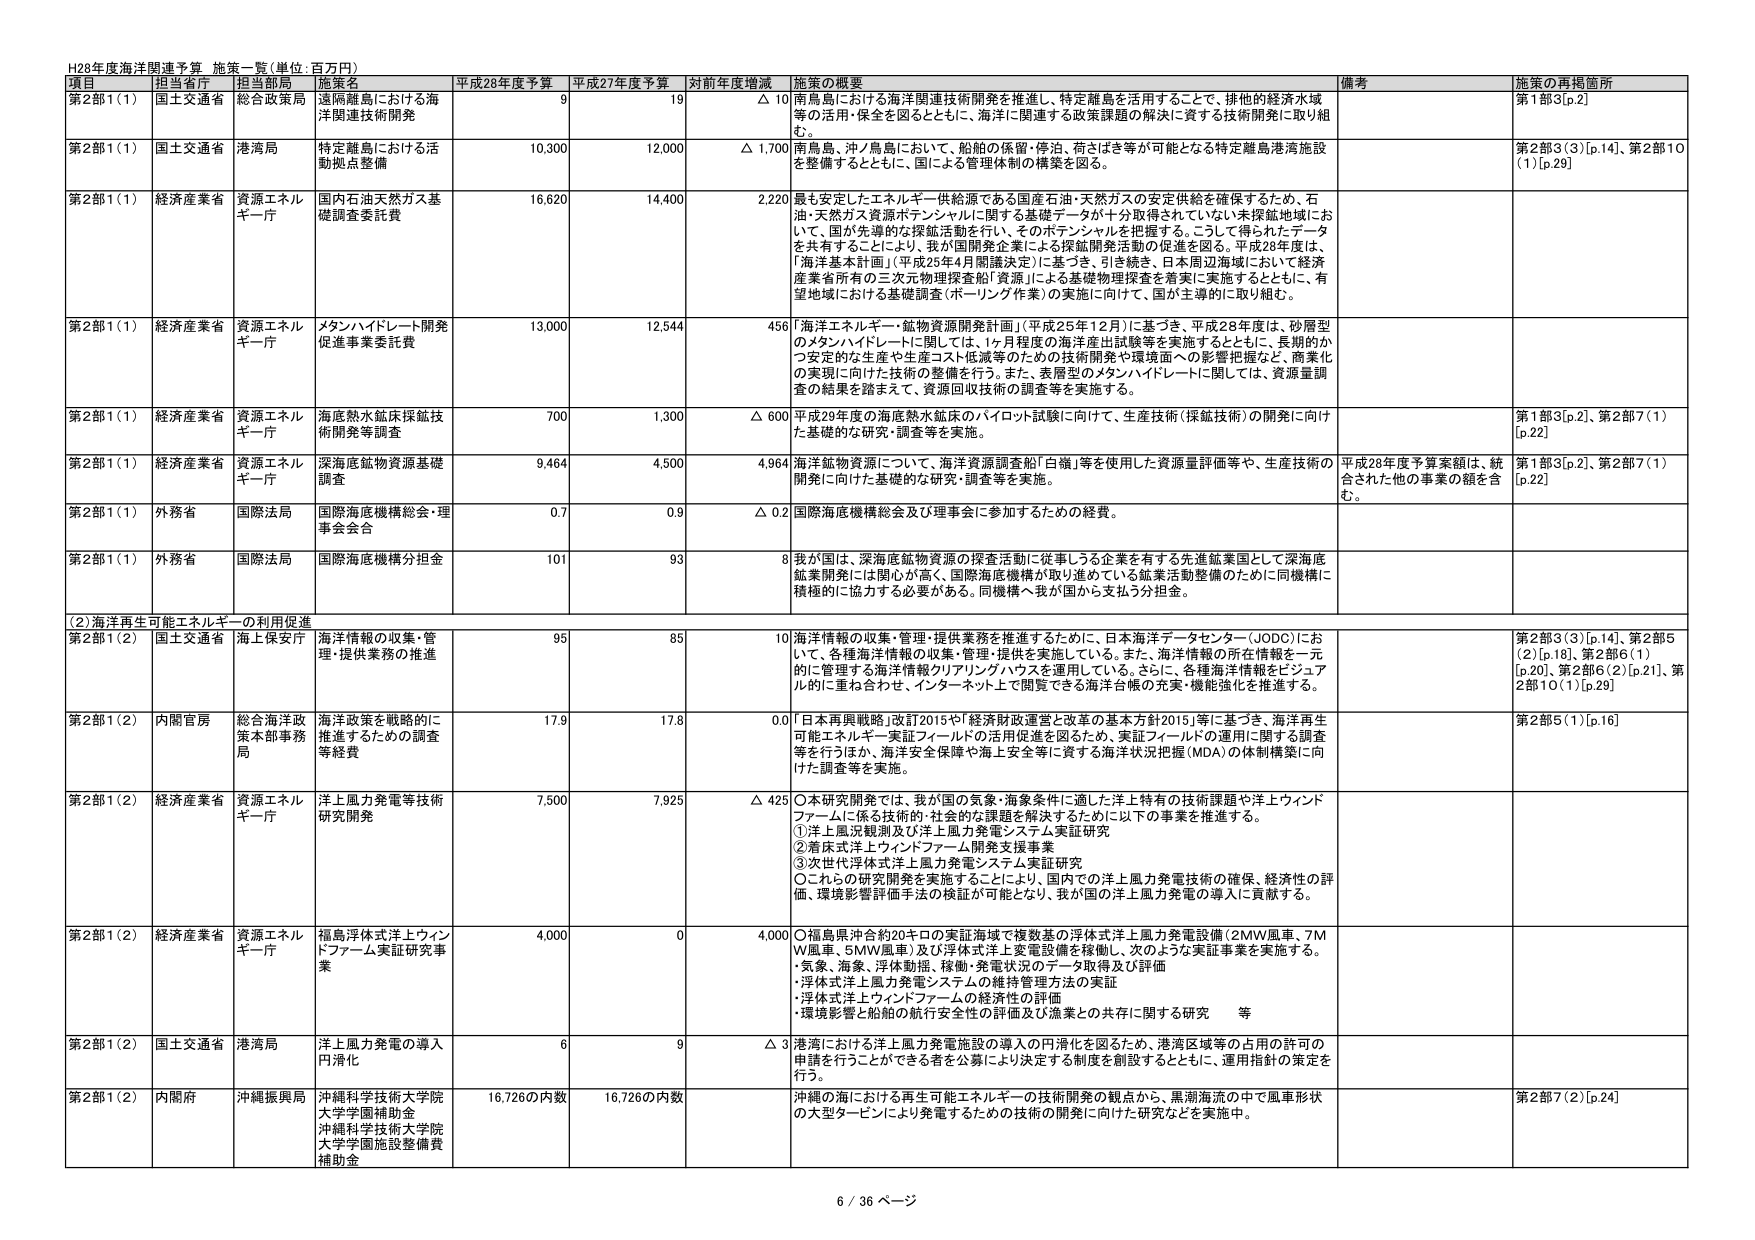
H28年度海洋関連予算 施策一覧（単位：百万円）

項目 担当省庁 担当部局 施策名 平成28年度予算 平成27年度予算 対前年度増減 施策の概要 備考 施策の再掲箇所

第2部1（1） 国土交通省 総合政策局 遠隔離島における海洋関連技術開発 9 19 △ 10 南鳥島における海洋関連技術開発を推進し、特定離島を活用することで、排他的経済水域等の活用・保全を図るとともに、海洋に関連する政策課題の解決に資する技術開発に取り組む。 第1部3[p.2]

第2部1（1） 国土交通省 港湾局 特定離島における活動拠点整備 10,300 12,000 △ 1,700 南鳥島、沖／鳥島において、船舶の係留・停泊、荷さばき等が可能となる特定離島港湾施設を整備するとともに、国による管理体制の構築を図る。 第2部3（3）[p.14]、第2部10（1）[p.29]

第2部1（1） 経済産業省 資源エネルギー庁 国内石油天然ガス基礎調査委託費 16,620 14,400 2,220 最も安定したエネルギー供給源である国産石油・天然ガスの安定供給を確保するため、石油・天然ガス資源ポテンシャルに関する基礎データが十分取得されていない未探鉱地域において、国が先導的な探鉱活動を行い、そのポテンシャルを把握する。こうして得られたデータを共有することにより、我が国開発企業による探鉱開発活動の促進を図る。平成28年度は、「海洋基本計画」（平成25年4月閣議決定）に基づき、引き続き、日本周辺海域において経済産業省所有の三次元物理探査船「資源」による基礎物理探査を着実に実施するとともに、有望地域における基礎調査（ボーリング作業）の実施に向けて、国が主導的に取り組む。

第2部1（1） 経済産業省 資源エネルギー庁 メタンハイドレート開発促進事業委託費 13,000 12,544 456 「海洋エネルギー・鉱物資源開発計画」（平成25年12月）に基づき、平成28年度は、砂層型のメタンハイドレートに関しては、1ヶ月程度の海洋産出試験等を実施するとともに、長期的かつ安定的な生産や生産コスト低減等のための技術開発や環境面への影響把握など、商業化の実現に向けた技術の整備を行う。また、表層型のメタンハイドレートに関しては、資源量調査の結果を踏まえて、資源回収技術の調査等を実施する。

第2部1（1） 経済産業省 資源エネルギー庁 海底熱水鉱床採鉱技術開発等調査 700 1,300 △ 600 平成29年度の海底熱水鉱床のパイロット試験に向けて、生産技術（採鉱技術）の開発に向けた基礎的な研究・調査等を実施。 第1部3[p.2]、第2部7（1）[p.22]

第2部1（1） 経済産業省 資源エネルギー庁 深海底鉱物資源基礎調査 9,464 4,500 4,964 海洋鉱物資源について、海洋資源調査船「白嶺」等を使用した資源量評価等や、生産技術の開発に向けた基礎的な研究・調査等を実施。 平成28年度予算案額は、統合された他の事業の額を含む。 第1部3[p.2]、第2部7（1）[p.22]

第2部1（1） 外務省 国際法局 国際海底機構総会・理事会会合 0.7 0.9 △ 0.2 国際海底機構総会及び理事会に参加するための経費。

第2部1（1） 外務省 国際法局 国際海底機構分担金 101 93 8 我が国は、深海底鉱物資源の探査活動に従事しうる企業を有する先進鉱業国として深海底鉱業開発には関心が高く、国際海底機構が取り進めている鉱業活動整備のために同機構に積極的に協力する必要がある。同機構へ我が国から支払う分担金。

（2）海洋再生可能エネルギーの利用促進

第2部1（2） 国土交通省 海上保安庁 海洋情報の収集・管理・提供業務の推進 95 85 10 海洋情報の収集・管理・提供業務を推進するために、日本海洋データセンター（JODC）において、各種海洋情報の収集・管理・提供を実施している。また、海洋情報の所在情報を一元的に管理する海洋情報クリアリングハウスを運用している。さらに、各種海洋情報をビジュアル的に重ね合わせ、インターネット上で閲覧できる海洋台帳の充実・機能強化を推進する。 第2部3（3）[p.14]、第2部5（2）[p.18]、第2部6（1）[p.20]、第2部6（2）[p.21]、第2部10（1）[p.29]

第2部1（2） 内閣官房 総合海洋政策本部事務局 海洋政策を戦略的に推進するための調査等経費 17.9 17.8 0.0 「日本再興戦略」改訂2015や「経済財政運営と改革の基本方針2015」等に基づき、海洋再生可能エネルギー・実証フィールドの活用促進を図るため、実証フィールドの運用に関する調査等を行うほか、海洋安全保障や海上安全等に資する海洋状況把握（MDA）の体制構築に向けた調査等を実施。 第2部5（1）[p.16]

第2部1（2） 経済産業省 資源エネルギー庁 洋上風力発電等技術研究開発 7,500 7,925 △ 425 ○本研究開発では、我が国の気象・海象条件に適した洋上特有の技術課題や洋上ウインドファームに係る技術的・社会的な課題を解決するために以下の事業を推進する。 ①洋上風況観測及び洋上風力発電システム実証研究 ②着床式洋上ウインドファーム開発支援事業 ③次世代浮体式洋上風力発電システム実証研究 ○これらの研究開発を実施することにより、国内での洋上風力発電技術の確保、経済性の評価、環境影響評価手法の検証が可能となり、我が国の洋上風力発電の導入に貢献する。

第2部1（2） 経済産業省 資源エネルギー庁 福島浮体式洋上ウインドファーム実証研究事業 4,000 0 4,000 ○福島県沖合約20キロの実証海域で複数基の浮体式洋上風力発電設備（2MW風車、7MW風車、5MW風車）及び浮体式洋上変電設備を稼働し、次のような実証事業を実施する。 ・気象、海象、浮体動揺、稼働・発電状況のデータ取得及び評価 ・浮体式洋上風力発電システムの維持管理方法の実証 ・浮体式洋上ウインドファームの経済性の評価 ・環境影響と船舶の航行安全性の評価及び漁業との共存に関する研究 等

第2部1（2） 国土交通省 港湾局 洋上風力発電の導入円滑化 6 9 △ 3 港湾における洋上風力発電施設の導入の円滑化を図るため、港湾区域等の占用の許可の申請を行うことができる者を公募により決定する制度を創設するとともに、運用指針の策定を行う。

第2部1（2） 内閣府 沖縄振興局 沖縄科学技術大学院大学学園補助金 沖縄科学技術大学院大学学園施設整備費補助金 16,726の内数 16,726の内数 沖縄の海における再生可能エネルギーの技術開発の観点から、黒潮海流の中で風車形状の大型タービンにより発電するための技術の開発に向けた研究などを実施中。 第2部7（2）[p.24]

6 / 36 ページ